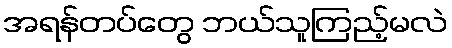
အရန်တပ်တွေ ဘယ်သူကြည့်မလဲ